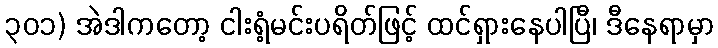
၃၀၁) အဲဒါကတော့ ငါးရံ့မင်းပရိတ်ဖြင့် ထင်ရှားနေပါပြီ၊ ဒီနေရာမှာ